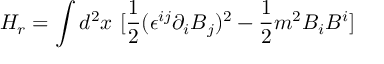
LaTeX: H _ { r } = \int d ^ { 2 } x ~ [ \frac { 1 } { 2 } ( \epsilon ^ { i j } \partial _ { i } B _ { j } ) ^ { 2 } - \frac { 1 } { 2 } m ^ { 2 } B _ { i } B ^ { i } ]